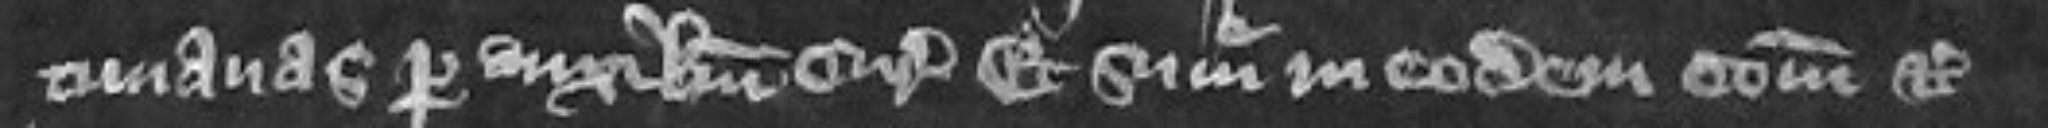
timanas per auxilium curie Et summoneatur in eodem comitatu etc